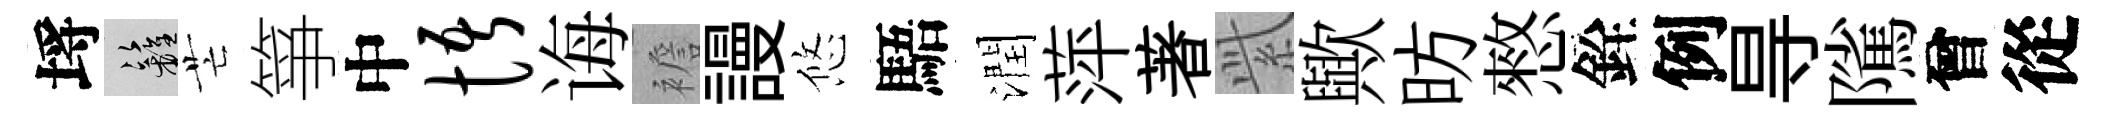
埓籬芒箏中悟诲襜謾悠䮏潤萍著𬗋歟昉憗銓例㝵隲曾從